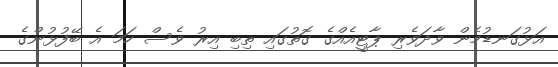
އަޅުގަނޑުމެން ވާދަވެރި ޕާޓީއެއްގެ ގޮތުގައި ތިބި އިރު ވެސް ހަމަ އެ ބޭފުޅުންގެ